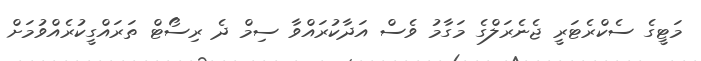
މަޓީގެ ސެކްރެޓަރީ ޖެނެރަލްގެ މަގާމު ވެސް އަދާކުރައްވާ ސިމް ދެ ރިސޯޓް ތަރައްގީކުރެއްވުމަށް